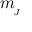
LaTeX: m _ { \! _ { J } }